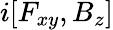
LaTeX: i[F_{xy},B_{z}]